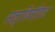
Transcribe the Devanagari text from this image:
मल्टिमीटर